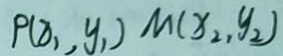
P ( x _ { 1 } , y _ { 1 } ) M ( x _ { 2 } , y _ { 2 } )